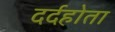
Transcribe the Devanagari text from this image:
दर्दहोता